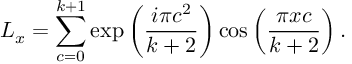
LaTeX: L _ { x } = \sum _ { c = 0 } ^ { k + 1 } \exp \left( \frac { i \pi c ^ { 2 } } { k + 2 } \right) \cos \left( \frac { \pi x c } { k + 2 } \right) .